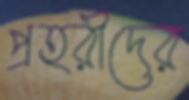
প্রহরীদের